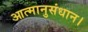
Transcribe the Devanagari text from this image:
आत्मानुसंधान।